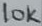
Text: 10K